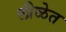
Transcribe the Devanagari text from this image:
लीळेत